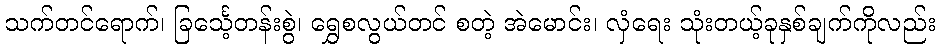
သက်တင်ရောက်၊ ခြင်္သေ့တန်းစွဲ၊ ရွှေစလွယ်တင် စတဲ့ အဲမောင်း၊ လှံရေး သုံးတယ့်ခုနှစ်ချက်ကိုလည်း